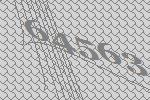
64563